Bombay plague: being a history of the progress of plague in the Bombay presidency from September 1896 to June 1899
Year: 1896
Disease focus: Plague
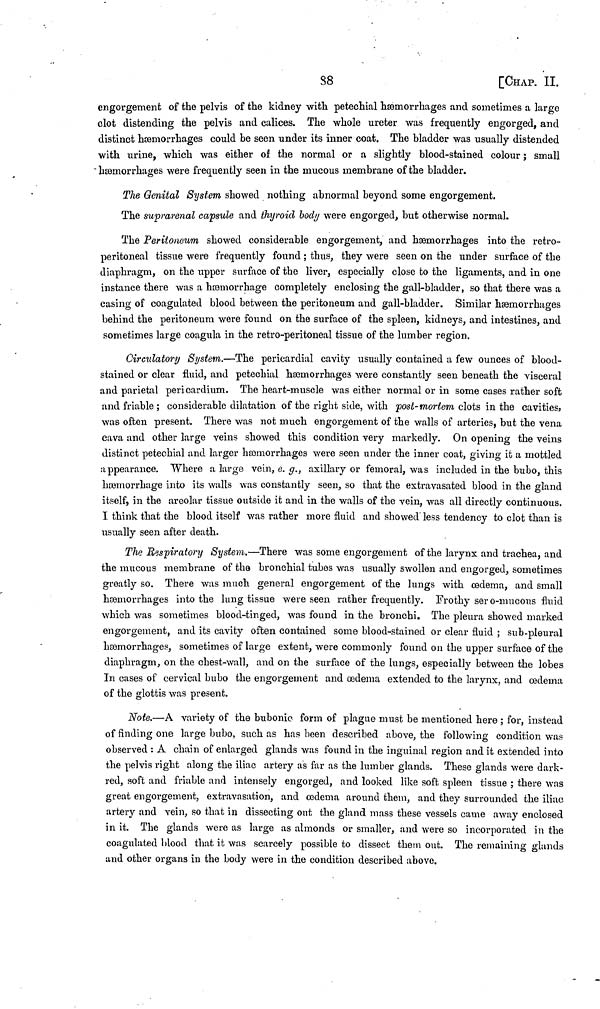
38
[CHAP. II.
engorgement of the pelvis of the kidney with petechial hæmorrhages and sometimes a large
clot distending the pelvis and calices. The whole ureter was frequently engorged, and
distinct hæmorrhages could be seen under its inner coat. The bladder was usually distended
with urine, which was either of the normal or a slightly blood-stained colour ; small
hæmorrhages were frequently seen in the mucous membrane of the bladder.
The Genital System showed nothing abnormal beyond some engorgement,
The suprarenal capsule and thyroid body were engorged, but otherwise normal.
The Peritoneum showed considerable engorgement, and hæmorrhages into the retro-
peritoneal tissue were frequently found ; thus, they were seen on the under surface of the
diaphragm, on the upper surface of the liver, especially close to the ligaments, and in one
instance there was a hæmorrhage completely enclosing the gall-bladder, so that there was a
casing of coagulated blood between the peritoneum and gall-bladder. Similar hæmorrhages
behind the peritoneum were found on the surface of the spleen, kidneys, and intestines, and
sometimes large coagula in the retro-peritoneal tissue of the lumber region.
Circulatory System.—The pericardial cavity usually contained a few ounces of blood-
stained or clear fluid, and petechial hæmorrhages were constantly seen beneath the visceral
and parietal pericardium. The heart-muscle was either normal or in some cases rather soft
and friable ; considerable dilatation of the right side, with post- mortem clots in the cavities;
was often present. There was not much engorgement of the walls of arteries, but the vena
cava and other large veins showed this condition very markedly. On opening the veins
distinct petechial and larger hæmorrhages were seen under the inner coat, giving it a mottled
appearance. Where a large vein, e. g., axillary or femoral, was included in the bubo, this
hæmorrhage into its walls was constantly seen, so that the extravasated blood in the gland
itself, in the areolar tissue outside it and in the walls of the vein, was all directly continuous.
I think that the blood itself was rather more fluid and showed" less tendency to clot than is
usually seen after death.
The Respiratory System.—There was some engorgement of the larynx and trachea, and
the mucous membrane of the bronchial tubes was usually swollen and engorged, sometimes
greatly so. There was much general engorgement of the lungs with ædema, and small
hæmorrhages into the lung tissue were seen rather frequently. Frothy sero-mucous fluid
which was sometimes blood-tinged, was found in the bronchi. The pleura showed marked
engorgement, and its cavity often contained some blood-stained or clear fluid ; sub-pleural
hæmorrhages, sometimes of large extent, were commonly found on the upper surface of the
diaphragm, on the chest-wall, and on the surface of the lungs, especially between the lobes
In cases of cervical bubo the engorgement and ædema extended to the larynx, and œdeina
of the glottis was present.
Note.—A variety of the bubonic form of plague must be mentioned here ; for, instead
of finding one large bubo, such as has been described above, the following condition was
observed : A chain of enlarged glands was found in the inguinal region and it extended into
the pelvis right along the iliac artery as far as the lumber glands. These glands were dark-
red, soft and friable and intensely engorged, and looked like soft spleen tissue ; there was
great engorgement, extravasation, and œdema around them, and they surrounded the iliac
artery and vein, so that in dissecting out the gland mass these vessels came away enclosed
in it. The glands were as large as almonds or smaller, and were so incorporated in the
coagulated blood that it was scarcely possible to dissect them out. The remaining glands
and other organs in the body were in the condition described above.